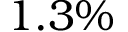
1 . 3 \%